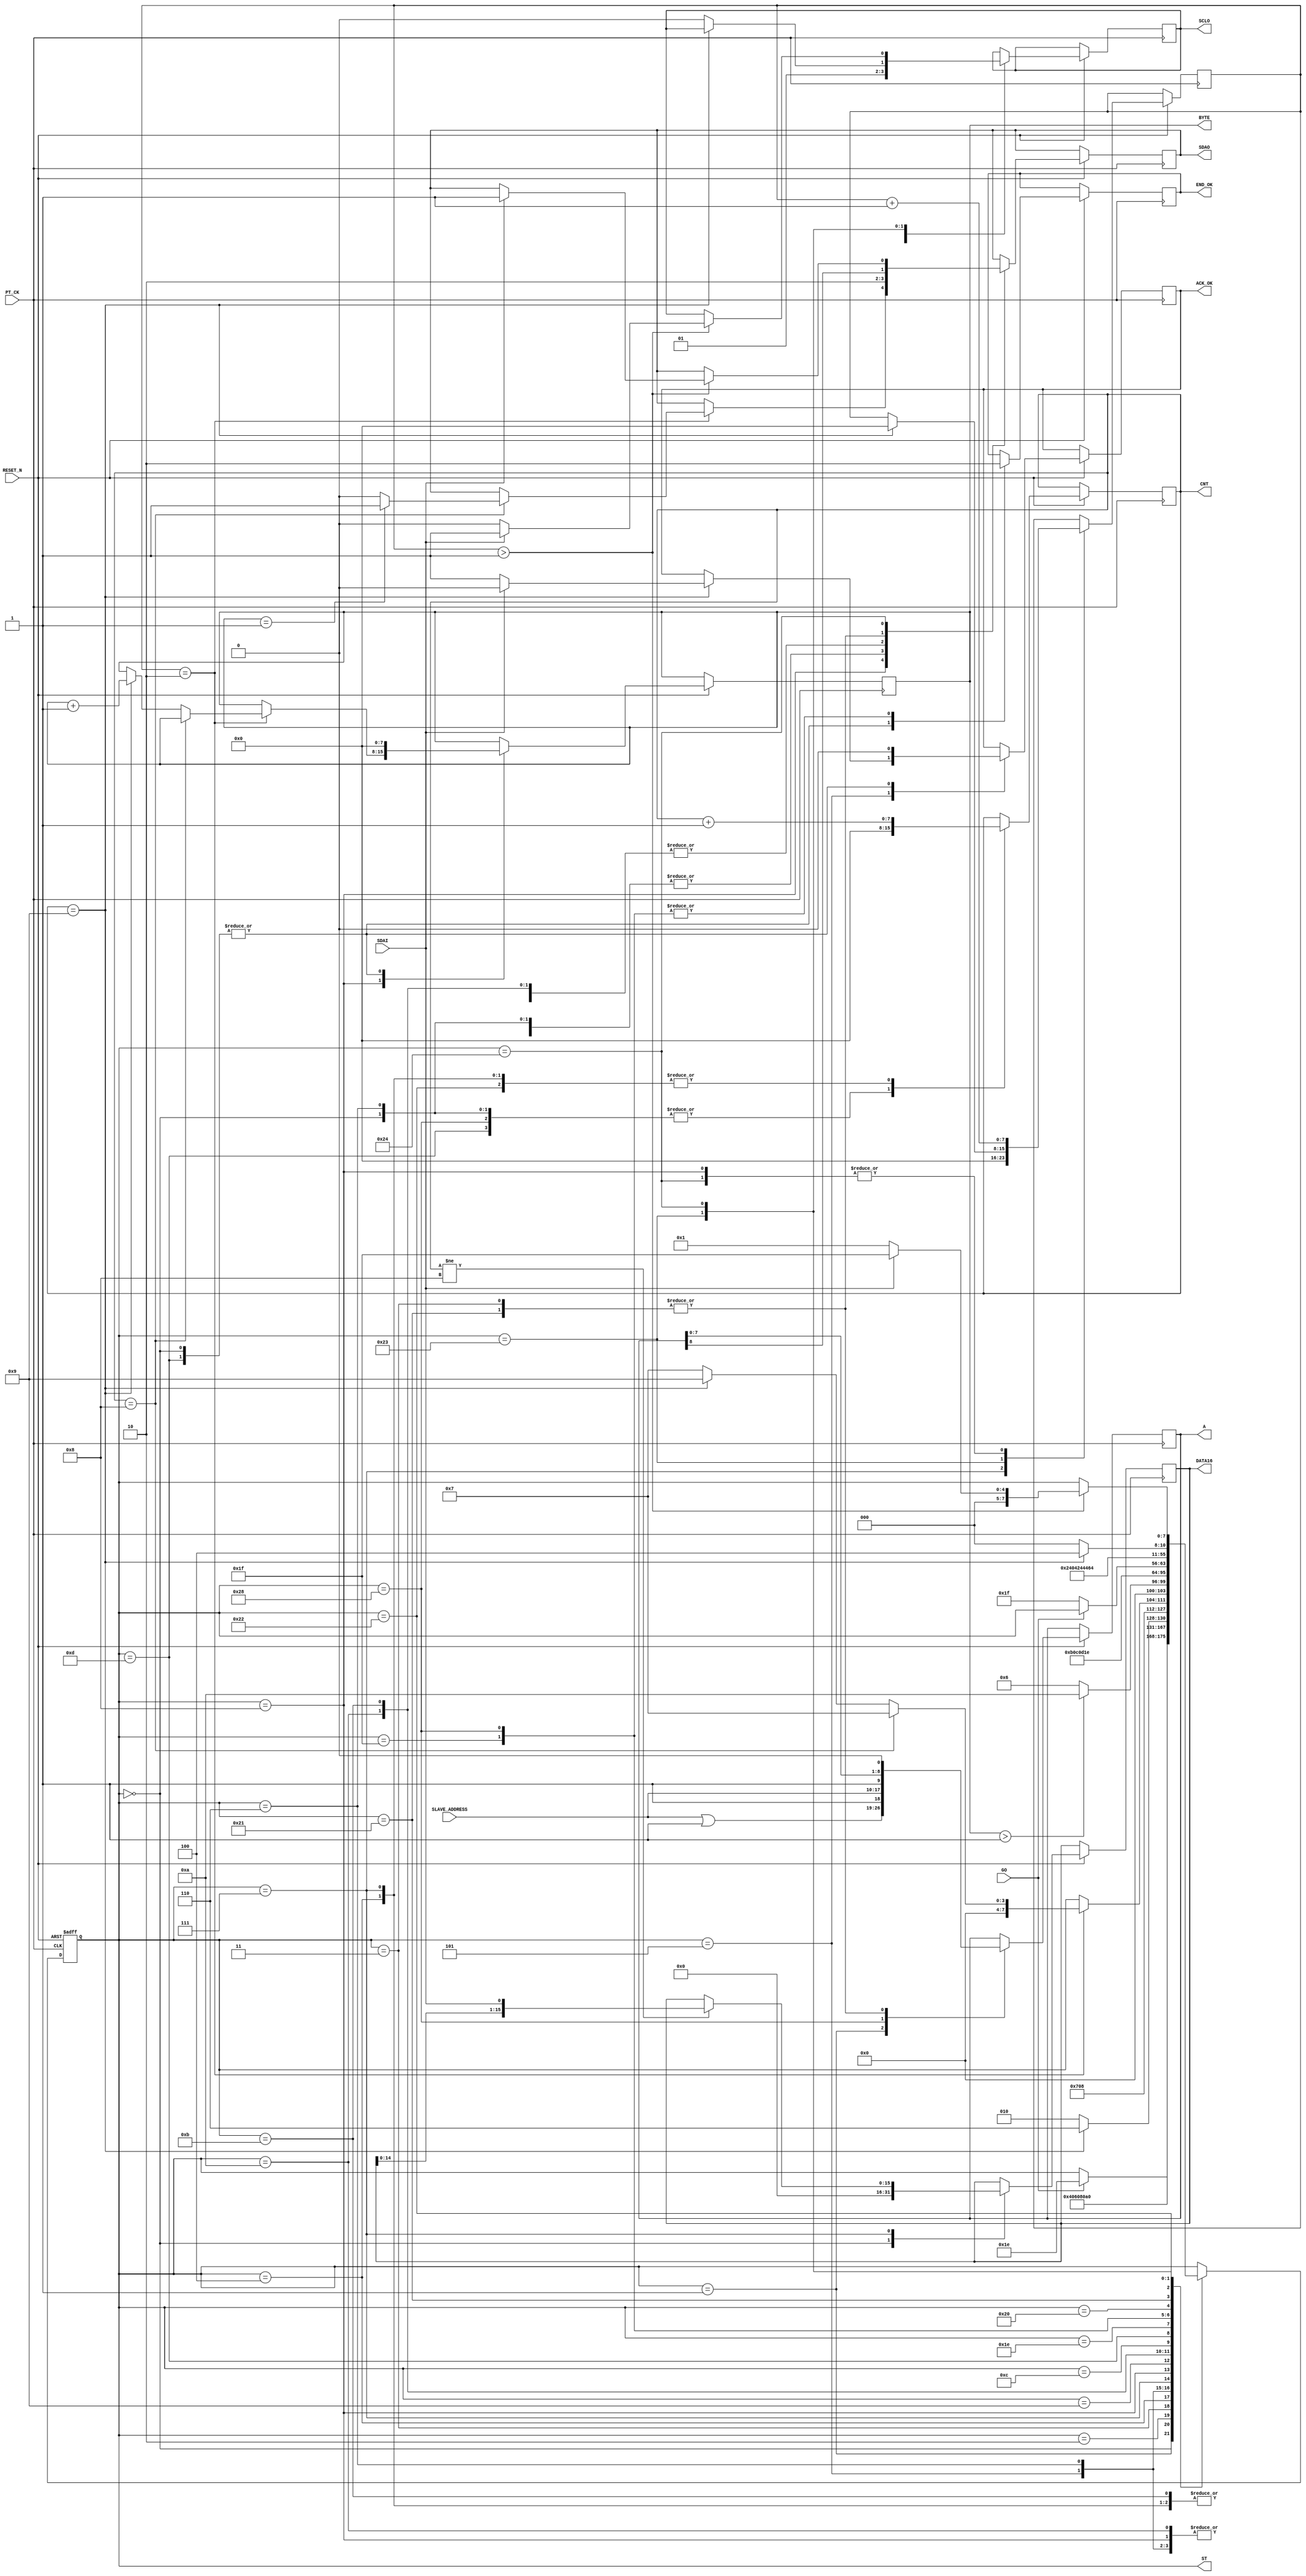
module I2C_READ_2BYTE (
   input  				RESET_N ,
	input       		PT_CK,
	input       [7:0]	SLAVE_ADDRESS ,
	input       		GO,
	input       		SDAI,
	output reg  		SDAO,
	output reg  		SCLO,
	output reg  		END_OK , 
	output reg  [15:0] DATA16 , 
	//for TEST
	output reg  [7:0] ST ,
	output reg        ACK_OK,
	output reg  [7:0] CNT,
	output reg  [8:0] A ,
	output reg  [7:0] BYTE
);

reg    [7:0]DELY ;    //ST DELAY
wire   [7:0]END_BYTE ; 
assign      END_BYTE =1;

always @( negedge RESET_N or posedge  PT_CK )begin
if (!RESET_N  ) ST <=0;
else 
	  case (ST)
	    0: begin  
		      SDAO   <=1; 
	         SCLO   <=1;
	         ACK_OK <=0;
	         CNT    <=0;
	         END_OK <=1;
	         BYTE   <=0;
				DATA16 <=0;
	         if (GO) ST  <=30 ;							
		    end		  
	  //----I2C READ-COMMAND---
	    1: begin  //start 
		      ST <=2 ; 
			   { SDAO,  SCLO } <= 2'b01; 
				A <= {SLAVE_ADDRESS | 1  ,1'b1 };//READ COMMAND
		    end
	    2: begin  //start 
		      ST <=3 ; 
			   { SDAO,  SCLO } <= 2'b00; 
		    end
			 
	    3: begin  //start 
		      ST <=4 ; 
			   { SDAO, A } <= { A ,1'b0 }; 
		    end
	    4: begin
		      ST <=5 ; 
			   SCLO <= 1'b1 ; 
				CNT <= CNT +1 ;
		    end
			 
	    5: begin  
			   SCLO <= 1'b0 ; 
			   if (CNT ==9) begin
				    ST <= 6 ; 
					 if ( !SDAI ) ACK_OK <=1 ; 
					 else ACK_OK <=0 ; 
				 end
				 else ST <= 2;
		    end			 
     //-----DATA READ---
	    6: begin 
		      ST <=7 ; 
			   {SDAO , SCLO} <= 2'b10; 			
				CNT <=0 ;
		    end
	    7: begin  
		      ST <=8 ;  
				DELY <=0;
			   SCLO <= 1'b1 ; 
				    if ( CNT !=8  ) DATA16 <= { DATA16[14:0], SDAI };
				   CNT <= CNT +1 ;
		    end			 
	    8: begin  		 
		    DELY <=DELY+1 ;
			 SCLO <= 1'b0 ; 
			 if (DELY ==2)  begin 			    
			    if (CNT ==8) begin
				      ST <= 7;
					   if ( BYTE  == END_BYTE )  SDAO <= 1'b1 ; 
					   else  
					   SDAO <= 1'b0 ;
				 end
			    else if (CNT == 9)  
				    begin 
					   BYTE <= BYTE +1 ;   ST <= 9; 
					 end
				 else ST <= 7;
			 end	 
		    end
	    9: begin
		     if  ( BYTE > END_BYTE ) ST <=10 ; 
			   else ST <=6 ; 
			   
         end
	    10: begin          //stop
		      ST <=11 ; 
			   { SDAO,  SCLO } <= 2'b00; 
         end
	    11: begin          //stop
		      ST <=12 ; 
			   { SDAO,  SCLO } <= 2'b01; 
         end
	    12: begin          //stop
		      ST <=13 ; 
			   { SDAO,  SCLO } <= 2'b11; 
         end	
		 13:	 
			  begin
		      ST     <= 30; 
				END_OK <= 1;
		      SDAO   <=1; 
	         SCLO   <=1;
	         ACK_OK <=0;
	         CNT    <=0;
	         BYTE <=0;				
		     end
		//--- END ---
		30: begin
            if (!GO) ST  <=31;
          end
		//--- END ---
		  30: begin
            if (!GO) ST  <=31;
          end			
		  31: begin  //
		      END_OK<=0;
				ST    <=1;	
			end	
	  //---SLEEP UP-----		 
	    40: begin  //

		      END_OK<=0;
				CNT <=0 ; 
		      ST <=32 ; 
			   { SDAO,  SCLO } <= 2'b01; 
				A <= {SLAVE_ADDRESS ,1'b1 };//WRITE COMMAND
		    end
	    32: begin  //start 
		      ST <=33 ; 
			   { SDAO,  SCLO } <= 2'b00; 
		    end			 
	    33: begin  //start 
		      ST <=34 ; 
			   { SDAO, A } <= { A ,1'b0 }; 
		    end
	    34: begin  //start 
		      ST <=35 ; 
			   SCLO <= 1'b1 ; 
				CNT <= CNT +1 ;
		    end
			 
	    35: begin  
			  
			  if (CNT==9)  begin DELY<=0;  ST <= 36;end 
			  else begin ST <= 32; SCLO <= 1'b0 ; end 
		    end	
 			 
	    36: begin  
		         DELY<=DELY+1;
				   if ( DELY > 1 )  begin 
				         if ( SDAI==1 ) begin ST <= 31 ;  { SDAO,  SCLO } <= 2'b11; end
			            else  begin ST <=1 ;SCLO <= 1'b0;  end 
			      end
				end	
		//--I2C START--
	 			  	  
	  endcase 
  end

endmodule